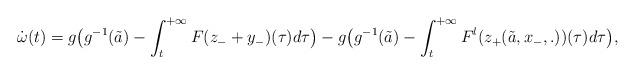
LaTeX: \begin{align*}\dot \omega(t)=g\big(g^{-1}(\tilde a)-\int_t^{+\infty}F(z_-+y_-)(\tau)d\tau\big)-g\big(g^{-1}(\tilde a)-\int_t^{+\infty}F^l(z_+(\tilde a,x_-,.))(\tau)d\tau\big),\end{align*}